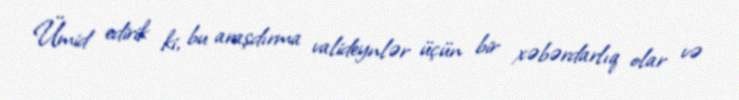
Ümid edirik ki, bu araşdırma valideynlər üçün bir xəbərdarlıq olar və